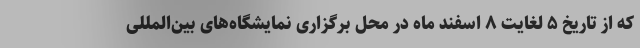
که از تاریخ ۵ لغایت ۸ اسفند ماه در محل برگزاری نمایشگاه‌های بین‌المللی